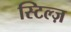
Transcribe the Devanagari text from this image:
स्टिल्ज़